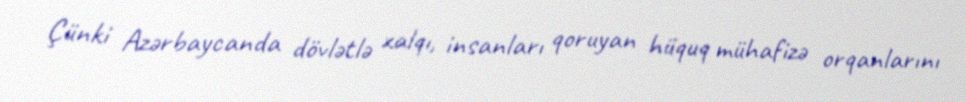
Çünki Azərbaycanda dövlətlə xalqı, insanları qoruyan hüquq mühafizə orqanlarını